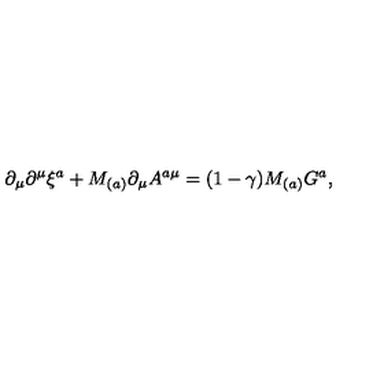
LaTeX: \partial _ { \mu } \partial ^ { \mu } \xi ^ { a } + M _ { ( a ) } \partial _ { \mu } A ^ { a \mu } = ( 1 - \gamma ) M _ { ( a ) } G ^ { a } ,